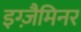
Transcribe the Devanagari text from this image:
इग्ज़ैमिनर